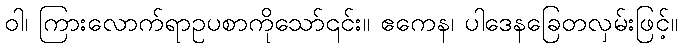
ဝါ၊ ကြားလောက်ရာဥပစာကိုသော်၎င်း။ ဧကေန၊ ပါဒေနခြေတလှမ်းဖြင့်။